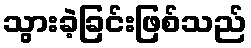
သွားခဲ့ခြင်းဖြစ်သည်